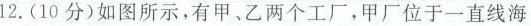
12.(10分)如图所示，有甲、乙两个工厂，甲厂位于一直线海